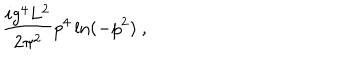
LaTeX: \frac { i g ^ { 4 } L ^ { 2 } } { 2 \pi ^ { 2 } } p ^ { 4 } \ln ( - p ^ { 2 } ) \ ,